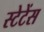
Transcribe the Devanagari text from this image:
स्टेटेंस